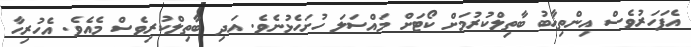
އެފަހަަރުވެސް އިންތިޚާބު ބާތިލްކުރުމަށް ކޯޓަށް މައްސަލަ ހުށަހެޅުނެވެ. އަދި ބާތިލްކުރިވެސް މެއެވެ. އެހުރިހާ